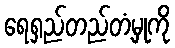
ရေရှည်တည်တံ့မှုကို